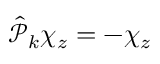
\hat { \mathcal P } _ { k } \chi _ { z } = - \chi _ { z }